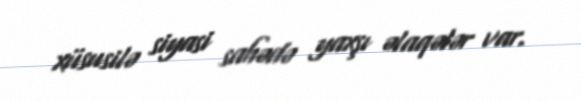
xüsusilə siyasi sahədə yaxşı əlaqələr var.